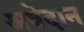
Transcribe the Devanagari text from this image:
अवेदान